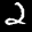
Label: 2